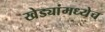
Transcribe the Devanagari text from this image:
खेड्यांमध्येच